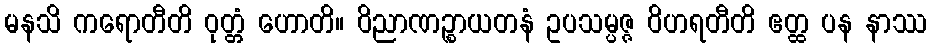
မနသိ ကရောတီတိ ဝုတ္တံ ဟောတိ။ ဝိညာဏဉ္စာယတနံ ဥပသမ္ပဇ္ဇ ဝိဟရတီတိ ဧတ္ထ ပန နာဿ